Vaccination in Bombay 1869-1873 - 1869-1873
Year: 1869
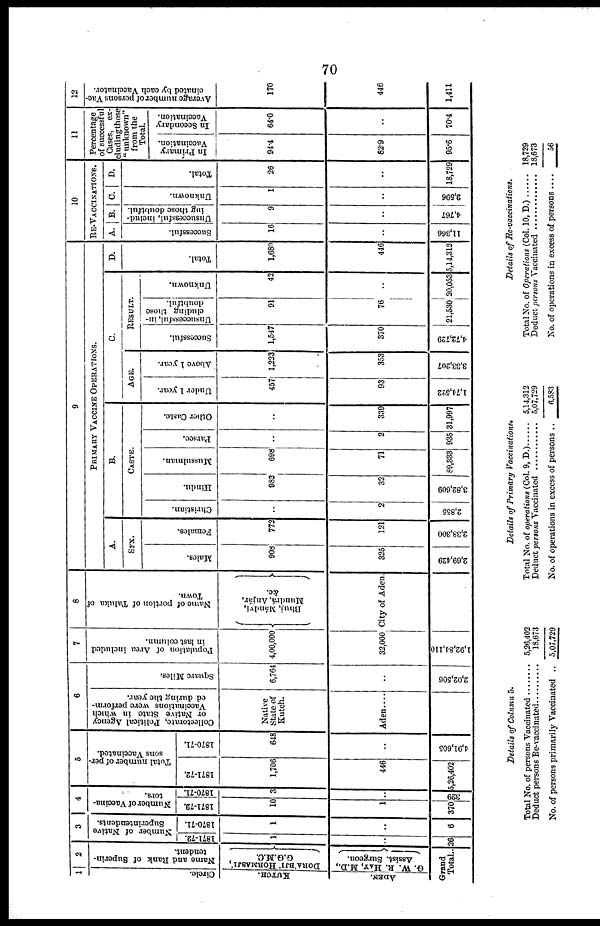
70
1
Circle.
KUTCH.
ADEN.
2
Name and Rank of Superin-
tendent.
DORA'BJI' HORMASJI',
G.G.M.C.
G. W. R. HAY,
M.D.,
Assist. Surgeon.
Grand
Total..
3
Number of Native
Superintendents.
1871-72.
1
..
26
1870-71.
1
..
6
4
Number of Vaccina-
tors.
1871-72.
10
1
370
1870-71.
3
..
329
5
Total number of per-
sons Vaccinated.
1871-72.
1,706
446
5,26,402
1870-71.
648
..
4,91,605
6
Collectorate, Political Agency
or Native State in which
Vaccinations were perform-
ed during the year.
Native
State of
Kutch.
Aden....
Square Miles.
6,764
..
2,02,506
7
Population of Area included
in last column.
4,00,000
32,000
1,92,84,110
8
Name of portion of Taluka of
Town.
Bhuj, Mándvi,
Mundrá, Anjíár,
&c.
City of Aden.
9
PRIMARY VACCINE OPERATIONS.
A.
SEX.
Males.
908
325
2,69,429
Females.
772
121
2,38,300
B.
CASTE.
Christian.
..
2
2,855
Hindu.
982
32
3,82,609
Mussulman.
698
71
89,333
Parsee.
..
2
935
Other Caste.
..
339
31,997
C.
AGE.
Under 1 year.
457
93
1,74,522
Above 1 year.
1,223
353
3,33,207
RESULT.
Successful.
1,547
370
4,72,729
Unsuccessful, in-
cluding those
doubtful.
91
76
21,530
Unknown.
42
..
20,053
D.
Total.
1,680
446
5,14,312
10
RE-VACCINATIONS.
A.
Successful.
16
..
11,366
B.
Unsuccessful, includ-
ing those doubtful.
9
..
4,767
C.
Unknown.
1
..
2,596
D.
Total.
26
..
18,729
11
Percentage
of successful
Cases, ex¬
cluding those
"unknown"
from the
Total.
In Primary
Vaccination.
94.4
82.9
95.6
In Secondary
Vaccination.
64.0
..
70.4
12
Average number of persons Vac-
cinated by each Vaccinator.
170
446
1,411
Details of Column 5.
Total No. of persons Vaccinated ........
Deduct persons Re-vaccinated .......
No. of persons primarily Vaccinated ..
5,26,402
18,673
5,07,729
Details of Primary
Vaccinations.
Total No. of operations (Col. 9, D.)
Deduct persons Vaccinated ............
No. of operations in excess of persons ..
5,14,312
5,07,729
6,583
Details of He-vaccinations.
Total No. of Operations (Col.10, D.) .......
Deduct persons Vaccinated .................
No. of operations in excess of persons ....
18,729
18,673
56